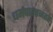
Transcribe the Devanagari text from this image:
धर्मपालानंतर